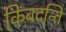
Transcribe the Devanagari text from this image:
किंबदन्ति